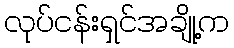
လုပ်ငန်းရှင်အချို့က